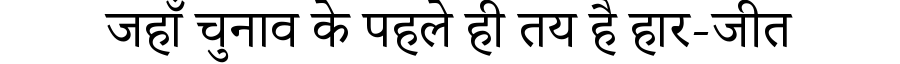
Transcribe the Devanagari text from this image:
जहाँ चुनाव के पहले ही तय है हार-जीत